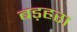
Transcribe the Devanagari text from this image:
बड़हरा